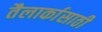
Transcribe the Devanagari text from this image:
तैलार्कासाठी